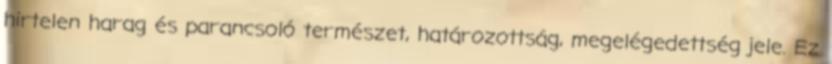
hirtelen harag és parancsoló természet, határozottság, megelégedettség jele. Ez